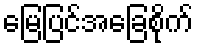
မြေပြင်အခြေစိုက်